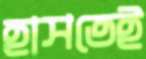
হাসতেই